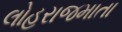
લોહરાજમાતા